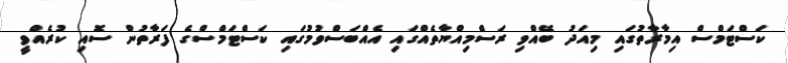
ކަސްޓަމްސް އިމާރާތުގައި މިއަދު ބޭއްވި ރަސްމިއްޔާތެއްގައި އެއްބަސްވުމުގައި ކަސްޓަމްސްގެ ފަރާތުން ސޮއި ކުރެއްވީ